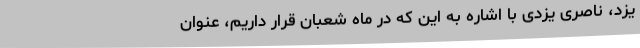
یزد، ناصری یزدی با اشاره به این که در ماه شعبان قرار داریم، عنوان